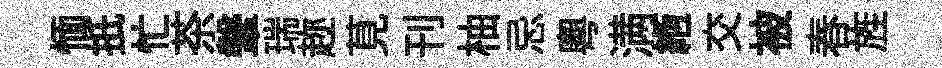
愐扺忙茶鞶瑞趂莧刊柚忌粵满縆交被春旌